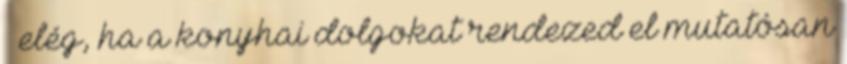
– elég, ha a konyhai dolgokat rendezed el mutatósan